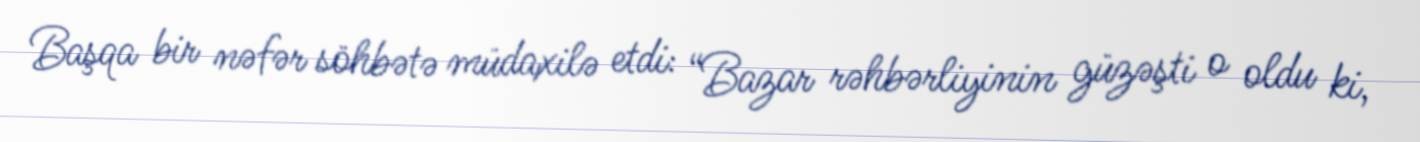
Başqa bir nəfər söhbətə müdaxilə etdi: “Bazar rəhbərliyinin güzəşti o oldu ki,